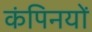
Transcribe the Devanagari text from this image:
कंपिनयों